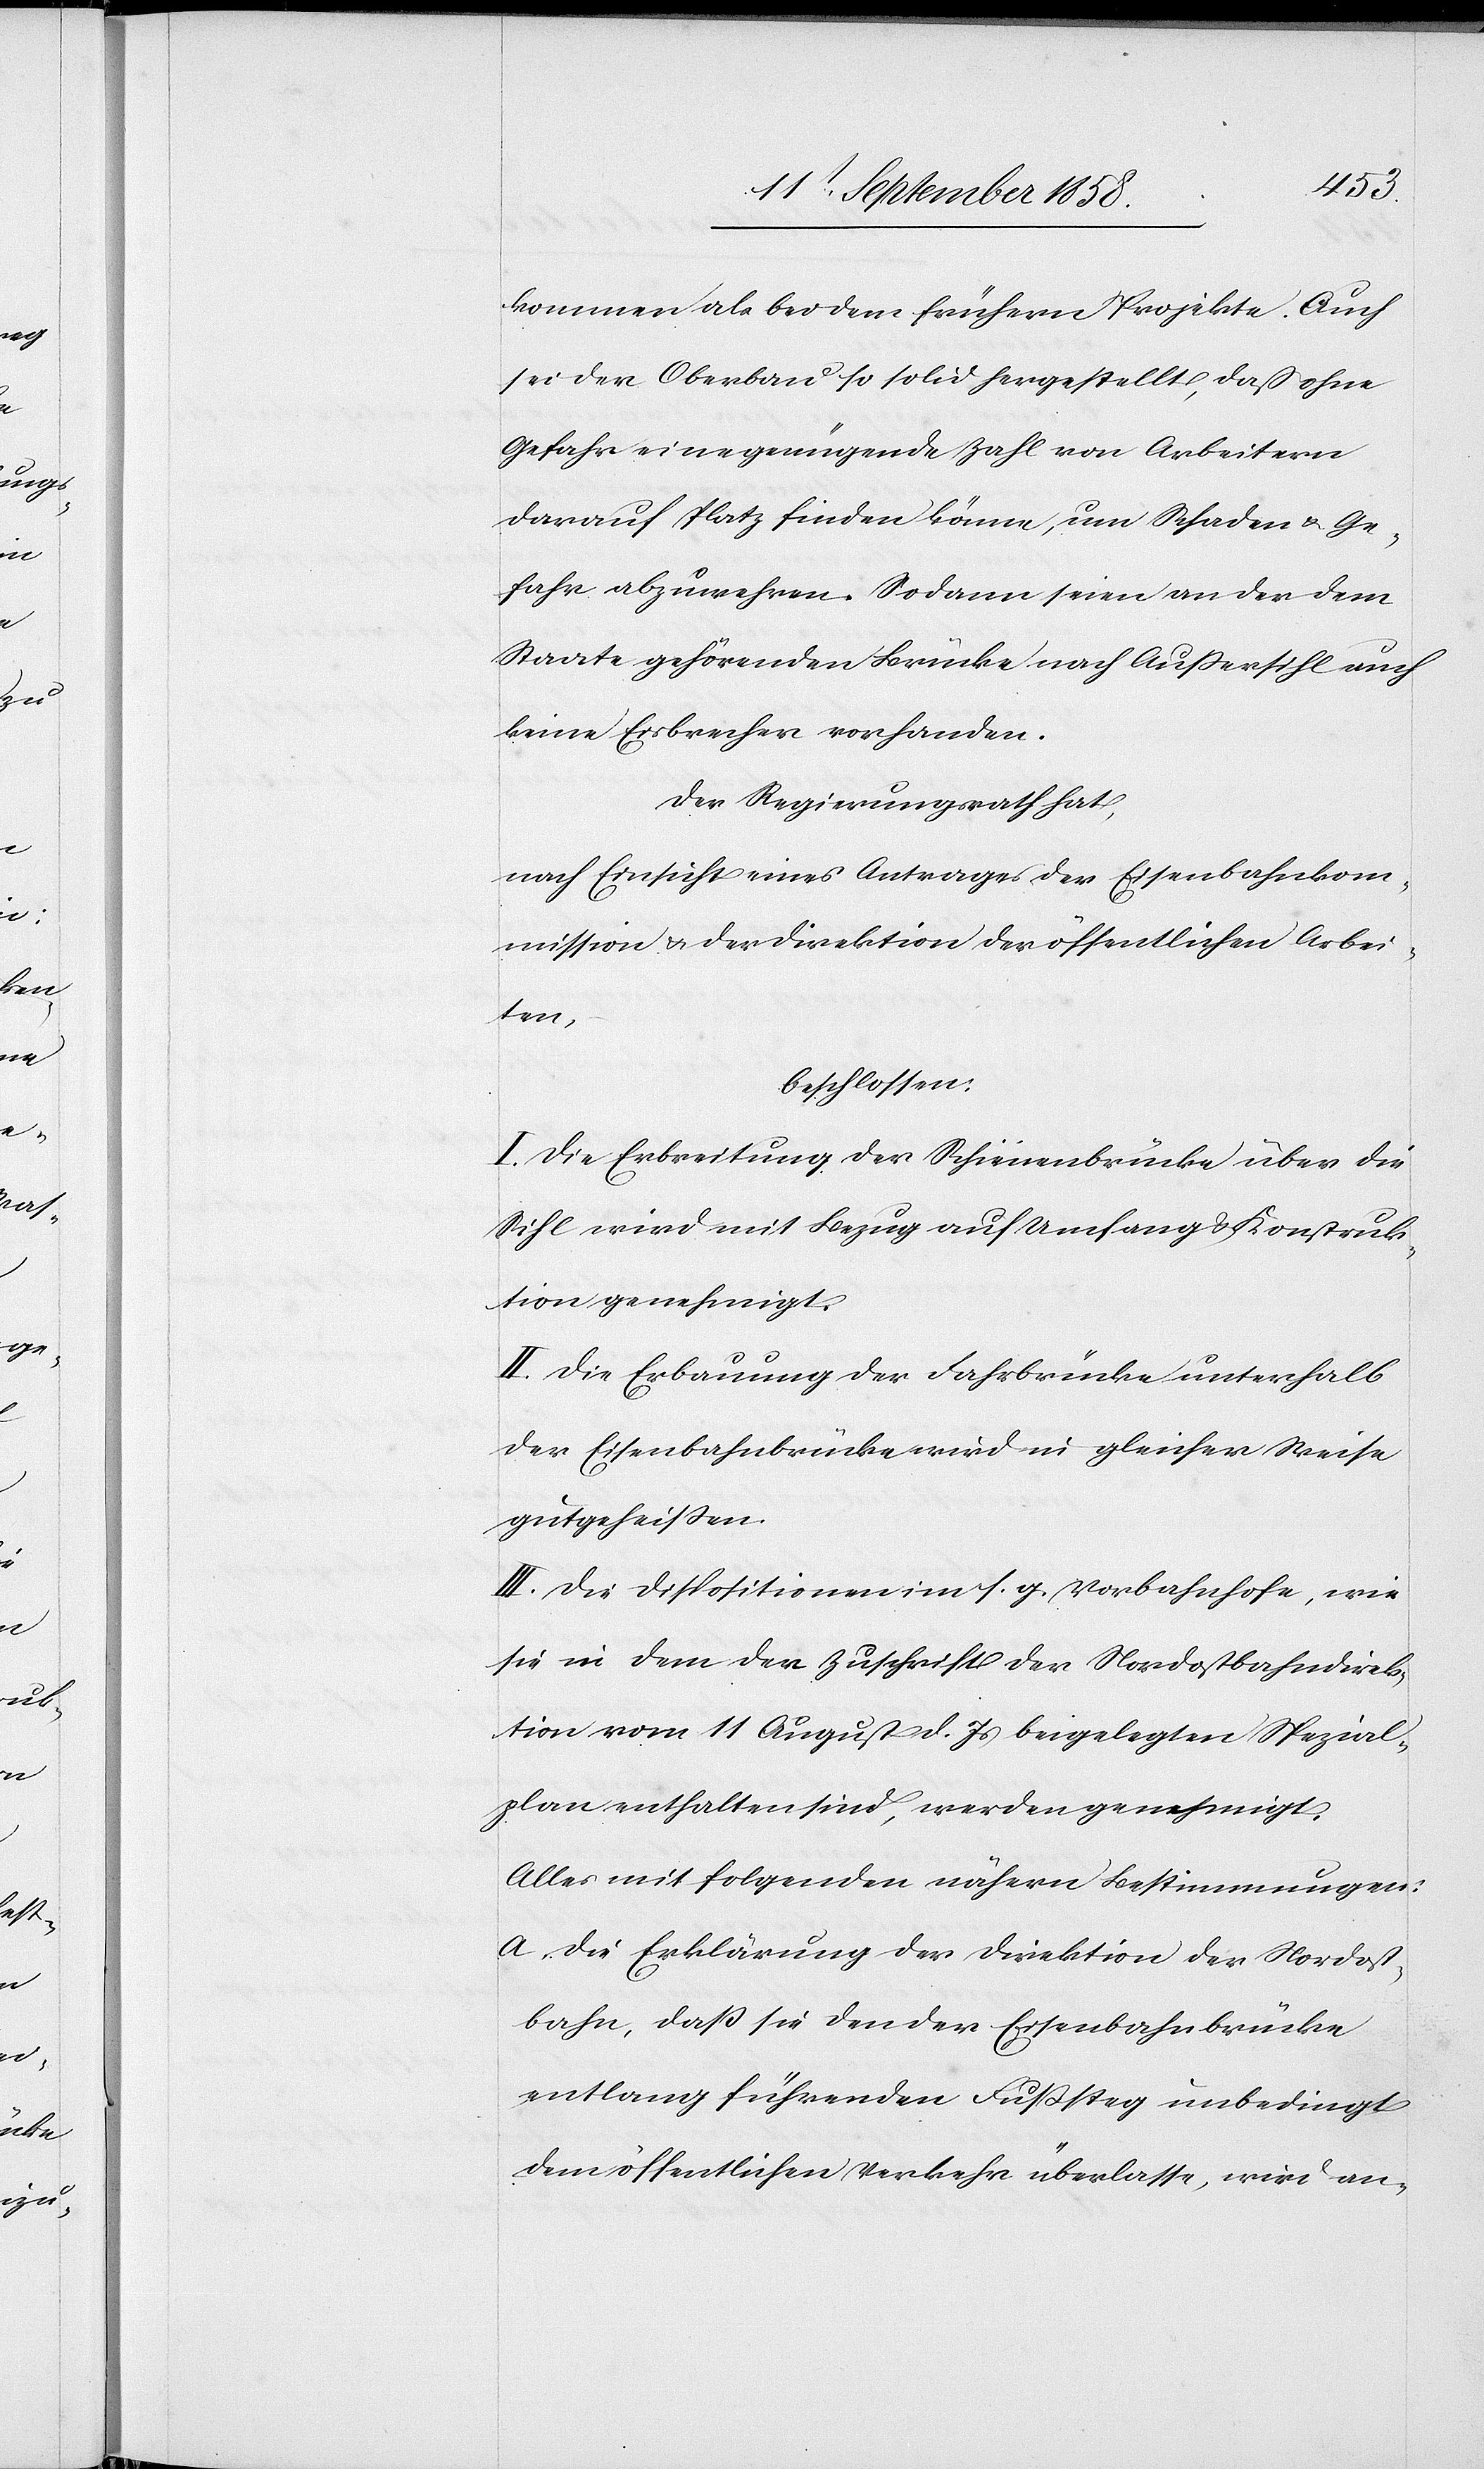
kommen als bei dem frühern Projekte. Auch
sei der Oberbau so solid hergestellt, daß ohne
Gefahr eine genügende Zahl von Arbeitern
darauf Platz finden könne, um Schaden & Ge¬
fahr abzuwehren. Sodann seien an der dem
Staate gehörenden Brücke nach Außersihl auch
keine Eisbrecher vorhanden.
Der Regierungsrath hat,
nach Einsicht eines Antrages der Eisenbahnkom¬
mission & der Direktion der öffentlichen Arbei¬
ten,
beschlossen:
I. Die Erbreitung der Schienenbrücke über die
Sihl wird mit Bezug auf Umfang & Konstruk¬
tion genehmigt.
II. Die Erbauung der Fahrbrücke unterhalb
der Eisenbahnbrücke wird in gleicher Weise
gutgeheißen.
III. Die Dispositionen im s. g. Vorbahnhofe, wie
sie in dem der Zuschrift der Nordostbahndirek¬
tion vom 11 August d. Js beigelegten Spezial¬
plan enthalten sind, werden genehmigt.
Alles mit folgenden nähern Bestimmungen:
Die Erklärung der Direktion der Nordost¬
bahn, daß sie den der Eisenbahnbrücke
entlang führenden Fußsteg unbedingt
dem öffentlichen Verkehr überlasse, wird an-